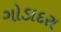
ગોડાદરા